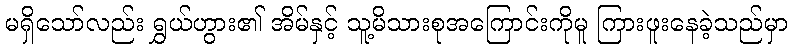
မရှိသော်လည်း ရွှယ်ဟွား၏ အိမ်နှင့် သူ့မိသားစုအကြောင်းကိုမူ ကြားဖူးနေခဲ့သည်မှာ